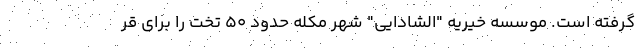
گرفته است. موسسه خیریه "الشادایی" شهر مکله حدود 50 تخت را برای قر